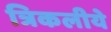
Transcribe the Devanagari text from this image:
त्रिकलीये